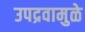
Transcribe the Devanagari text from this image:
उपद्रवामुळे